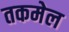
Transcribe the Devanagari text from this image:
तकमेल